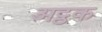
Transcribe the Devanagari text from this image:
अट्ठक